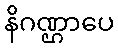
နိဂဏ္ဌာပေ